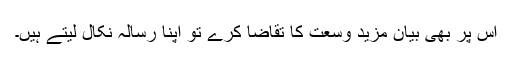
اس پر بھی بیان مزید وسعت کا تقاضا کرے تو اپنا رسالہ نکال لیتے ہیں۔